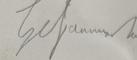
Signature authenticity: forged